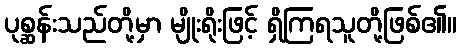
ပုစ္ဆန်းသည်တို့မှာ မျိုးရိုးဖြင့် ရှိကြရသူတို့ဖြစ်၏။